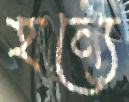
হন্যে